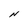
Character: N